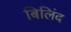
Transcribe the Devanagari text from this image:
बिलिंद